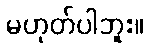
မဟုတ်ပါဘူး။